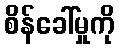
စိန်ခေါ်မှုကို